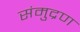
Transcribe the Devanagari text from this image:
संमुद्रण